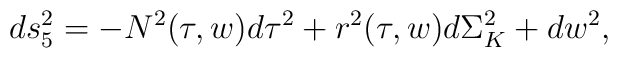
ds_5^2 = -N^2(\tau,w)d\tau^2 + r^2(\tau,w)d\Sigma^2_K + dw^2,